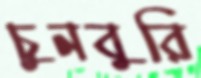
চুনবুরি